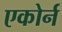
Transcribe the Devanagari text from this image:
एकोर्न